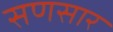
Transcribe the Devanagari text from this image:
सणसार